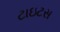
ટાઇટસ